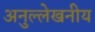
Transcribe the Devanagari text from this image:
अनुल्लेखनीय